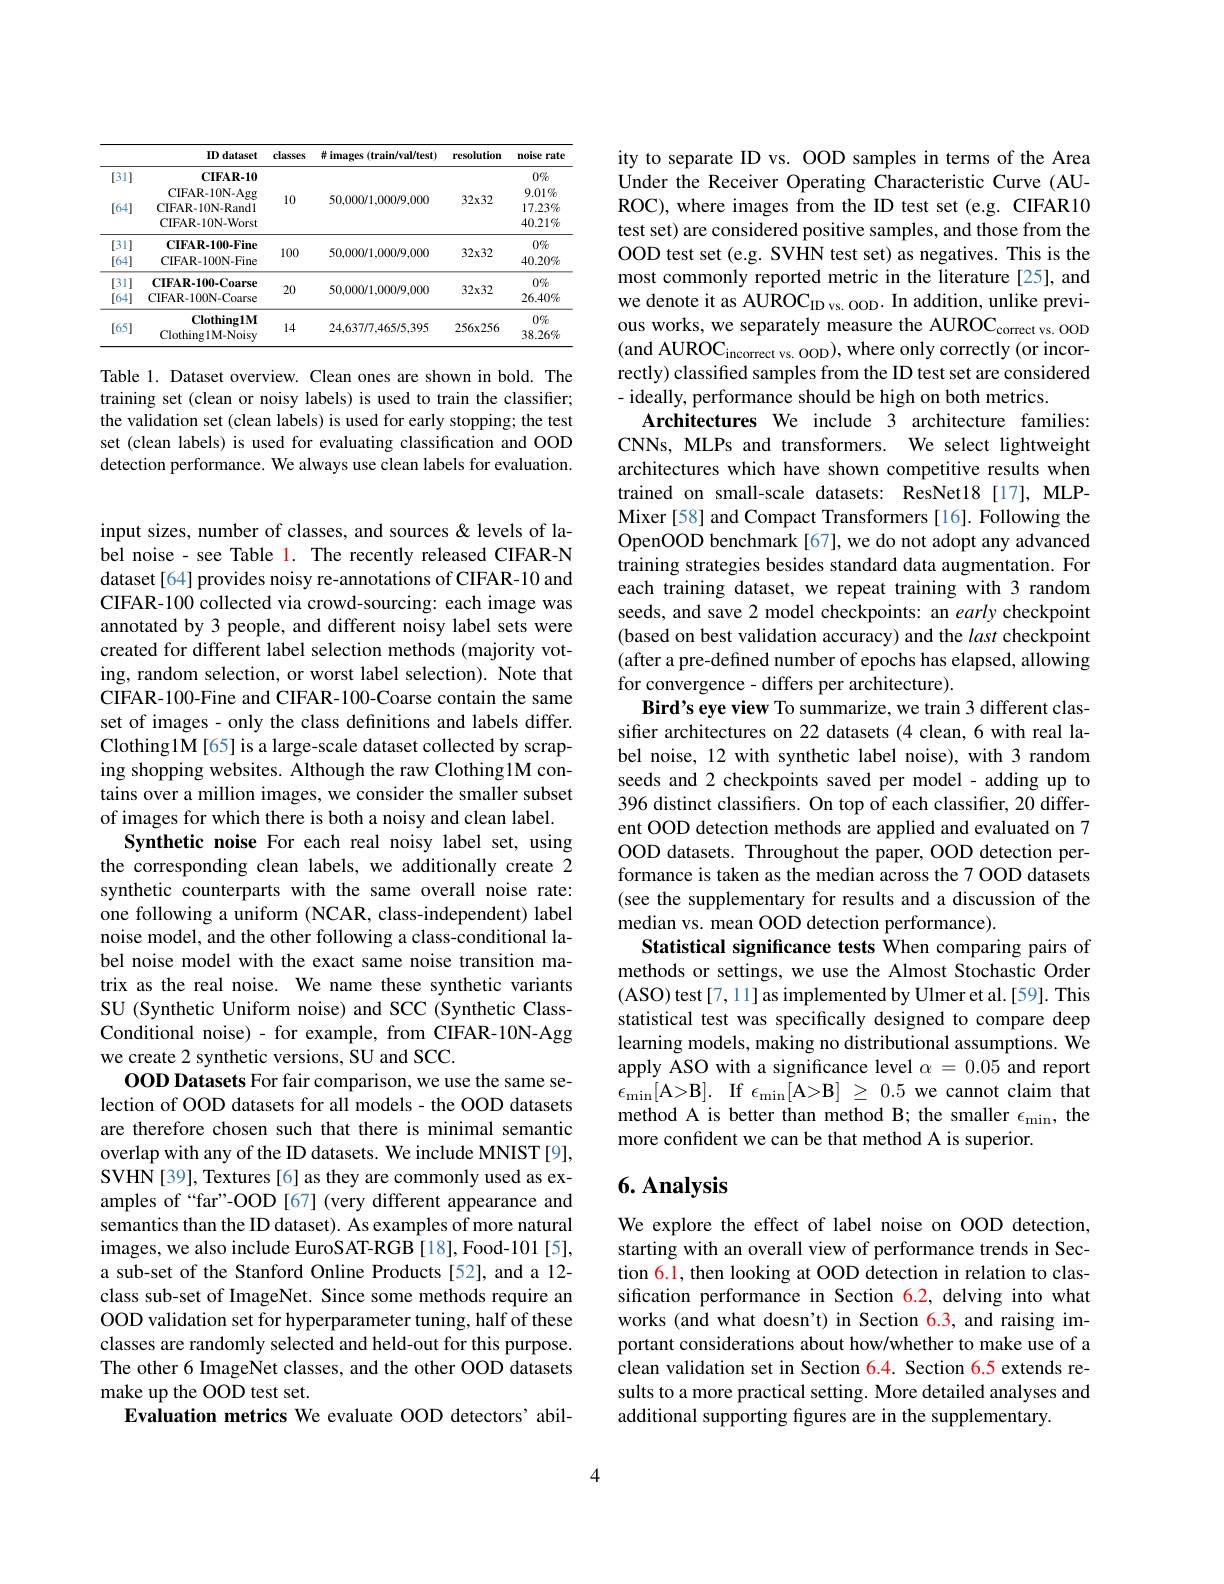
<table>
	<tbody>
		<tr>
			<th> </th>
			<th>ID dataset</th>
			<th>classes</th>
			<th># images (train/val/test)</th>
			<th>resolution</th>
			<th>noise $2ratc$ 5 5</th>
		</tr>
		<tr>
			<td>[31] [64]</td>
			<td>$\mathbf{CIFAR-10}$ CIFAR- 10N- Agg CIFAR-10N-Rand1 CIFAR-10N-Worst</td>
			<td>10</td>
			<td>50,000/1,000/9,000</td>
			<td>$32x32$</td>
			<td>$0\%$ $9.01\%$ $17.23\%$ $40.21\%$</td>
		</tr>
		<tr>
			<td>[31] [64]</td>
			<td>CIFAR-100-Fine CIFAR-100N-Fine</td>
			<td>100</td>
			<td>50,000/1,000/9,000</td>
			<td>$32x32$</td>
			<td>$0\%$ $40.20\%$</td>
		</tr>
		<tr>
			<td>[31] [64]</td>
			<td>CIFAR- 100- Coarse CIFAR- 100N- Coarse</td>
			<td>20</td>
			<td>50,000/1,000/9,000</td>
			<td>$32x32$</td>
			<td>$0\%$ $26.40\%$</td>
		</tr>
		<tr>
			<td>[65]</td>
			<td>Clothing1M Clothing1M-Noisy</td>
			<td>14</td>
			<td>24,637/7,465/5,395</td>
			<td>$256x256$</td>
			<td>$0\%$ $38.26\%$</td>
		</tr>
	</tbody>
</table>

Table 1. Dataset overview. Clean ones are shown in bold. The training set (clean or noisy labels) is used to train the classifier; the validation set (clean labels) is used for early stopping; the test set (clean labels) is used for evaluating classification and OOD detection performance. We always use clean labels for evaluation.

input sizes, number of classes, and sources & levels of label noise - see Table 1. The recently released CIFAR-N dataset[64] provides noisy re-annotations of CIFAR-10 and CIFAR-100 collected via crowd-sourcing: each image was annotated by 3 people, and different noisy label sets were created for different label selection methods (majority voting, random selection, or worst label selection). Note that CIFAR-100-Fine and CIFAR-100-Coarse contain the same set of images - only the class definitions and labels differ. Clothing1M[65] is a large-scale dataset collected by scraping shopping websites. Although the raw Clothing1M contains over a million images, we consider the smaller subset of images for which there is both a noisy and clean label.
Synthetic noise For each real noisy label set, using the corresponding clean labels, we additionally create 2 synthetic counterparts with the same overall noise rate: one following a uniform (NCAR, class-independent) label noise model, and the other following a class-conditional label noise model with the exact same noise transition matrix as the real noise. We name these synthetic variants SU (Synthetic Uniform noise) and SCC (Synthetic ClassConditional noise) - for example, from CIFAR-10N-Agg we create 2 synthetic versions, SU and SCC.
OOD Datasets For fair comparison, we use the same selection of OOD datasets for all models - the OOD datasets are therefore chosen such that there is minimal semantic overlap with any of the ID datasets. We include MNIST[9], SVHN[39], Textures[6] as they are commonly used as examples of “far”-OOD[67] (very different appearance and semantics than the ID dataset). As examples of more natural images, we also include EuroSAT-RGB [18], Food-101 [5], a sub-set of the Stanford Online Products [52], and a 12- class sub-set of ImageNet. Since some methods require an OOD validation set for hyperparameter tuning, half of these classes are randomly selected and held-out for this purpose. The other 6 ImageNet classes, and the other OOD datasets make up the OOD test set.
Evaluation metrics We evaluate OOD detectors' abil-

ity to separate ID vs. OOD samples in terms of the Area Under the Receiver Operating Characteristic Curve (AUROC), where images from the ID test set (e.g. CIFAR10 test set) are considered positive samples, and those from the OOD test set (e.g. SVHN test set) as negatives. This is the most commonly reported metric in the literature [25], and we denote it as AUROC$_\mathrm{ID~vs.~OOD}.$ In addition, unlike previous works, we separately measure the AUROC correct vs. OOD (and AUROC$_\mathrm{incorrect~vs.~OOD})$,where only correctly(or incorrectly) classified samples from the ID test set are considered - ideally, performance should be high on both metrics.
Architectures We include 3 architecture families: CNNs, MLPs and transformers. We select lightweight architectures which have shown competitive results when trained on small-scale datasets: ResNet18[17], MLPMixer [58] and Compact Transformers [16]. Following the OpenOOD benchmark[67], we do not adopt any advanced training strategies besides standard data augmentation. For each training dataset, we repeat training with 3 random seeds, and save 2 model checkpoints: an early checkpoint (based on best validation accuracy) and the last checkpoint (after a pre-defined number of epochs has elapsed, allowing for convergence- differs per architecture).
Bird's eye view To summarize, we train 3 different classifier architectures on 22 datasets (4 clean, 6 with real label noise, 12 with synthetic label noise), with 3 random seeds and 2 checkpoints saved per model - adding up to 396 distinct classifiers. On top of each classifier, 20 different OOD detection methods are applied and evaluated on 7 OOD datasets. Throughout the paper, OOD detection performance is taken as the median across the 7 OOD datasets (see the supplementary for results and a discussion of the median vs. mean OOD detection performance).
Statistical significance tests When comparing pairs of methods or settings, we use the Almost Stochastic Order (ASO) test[7,11] as implemented by Ulmer et al.[59]. This statistical test was specifically designed to compare deep learning models, making no distributional assumptions. We apply ASO with a significance level $\alpha=0.05$ and report $\epsilon_{\operatorname*{min}}[$A>B]. If$\epsilon_\operatorname*{min}[$A>B$]\geq0.5$we cannot claim that method A is better than method B; the smaller $\epsilon_\mathrm{min}$, the more confident we can be that method A is superior.

## 6. Analysis

We explore the effect of label noise on OOD detection, starting with an overall view of performance trends in Section 6.1, then looking at OOD detection in relation to classification performance in Section 6.2, delving into what works (and what doesn't) in Section 6.3, and raising important considerations about how/whether to make use of a clean validation set in Section 6.4. Section 6.5 extends results to a more practical setting. More detailed analyses and additional supporting figures are in the supplementary.

4